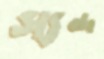
স্যন্দ